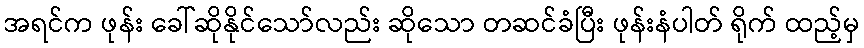
အရင်က ဖုန်း ခေါ်ဆိုနိုင်သော်လည်း ဆိုသော တဆင်ခံပြီး ဖုန်းနံပါတ် ရိုက် ထည့်မှ